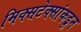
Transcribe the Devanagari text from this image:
मिक्सटेक्सांकडून